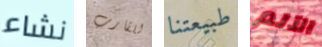
نشاء للقارب طبيعتنا الآلم